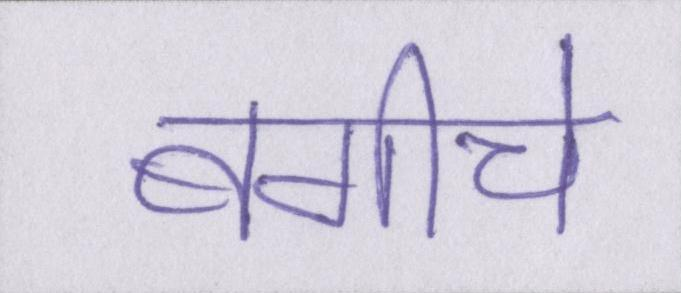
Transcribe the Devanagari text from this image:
बगीचे